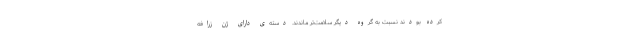
کرده بودند نسبت به گروه دیگر سلامت‌تر ماندند. دسته‌ی دارای ژن زرافه